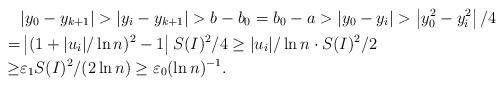
LaTeX: \begin{align*}&|y_0-y_{k+1}|>|y_i-y_{k+1}|>b-b_0=b_0-a>|y_0-y_i|>\left|y_0^2-y_i^2\right|/4\\ =&\left|(1+|u_i|/\ln n)^2-1\right|S(I)^2/4\geq|u_i|/\ln n\cdot S(I)^2/2\\ \geq& \varepsilon_1S(I)^2/(2\ln n)\geq \varepsilon_0 (\ln n)^{-1}.\end{align*}